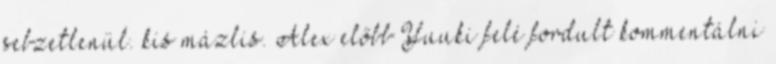
sebzetlenül. kis mázlis. Alex előbb Yuuki felé fordult kommentálni